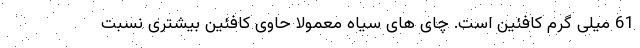
61 میلی گرم کافئین است. چای های سیاه معمولا حاوی کافئین بیشتری نسبت